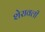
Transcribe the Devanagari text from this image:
शेरावली